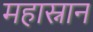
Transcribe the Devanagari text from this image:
महास्नान